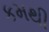
કમથી